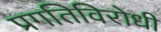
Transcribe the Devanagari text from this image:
प्रगतिविरोधी